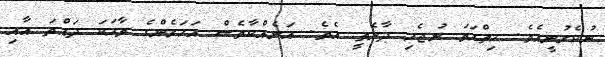
ނުކެރުނީއެވެ. ހިތްހަމަ ނުޖެހި ދާނެތީ އެވެ. އަނެއްކާވެސް އަހަރެންގެ ވާހަކަ ދައްތަ އާއި